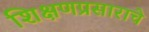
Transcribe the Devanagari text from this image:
शिक्षणप्रसाराचे